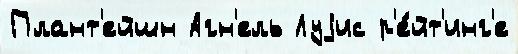
Плант'ейшн Агн'ель Луjис р'е́йт'инг'е